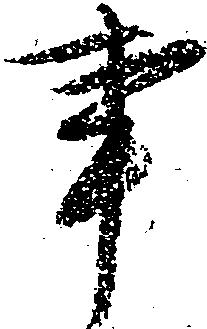
事